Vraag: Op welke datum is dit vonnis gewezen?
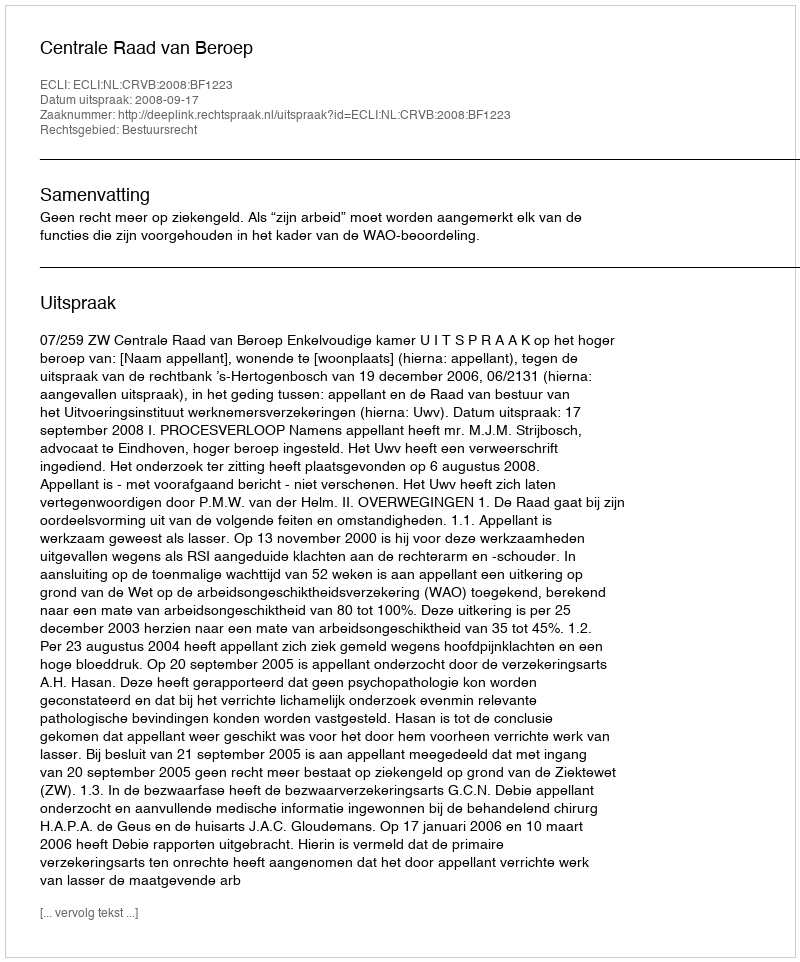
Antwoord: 2008-09-17